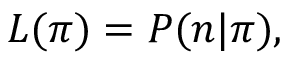
\begin{array} { r } { { \cal L } ( { \boldsymbol \pi } ) = P ( { \boldsymbol n } | { \boldsymbol \pi } ) , } \end{array}